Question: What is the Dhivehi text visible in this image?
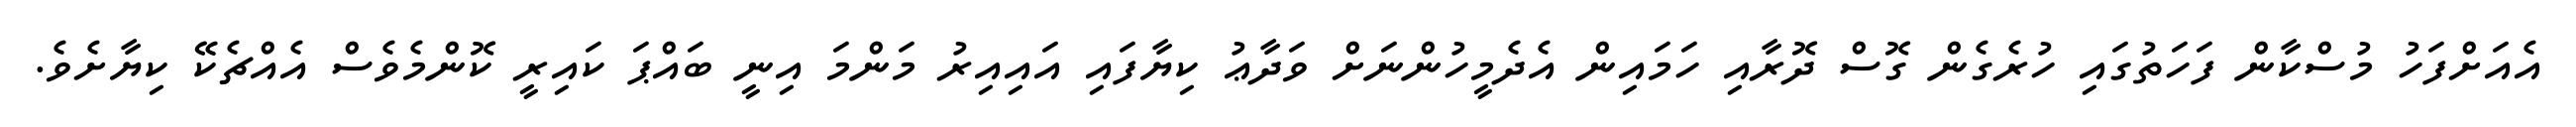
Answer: އެއަށްފަހު މުސްކާން ފަހަތުގައި ހުރެގެން ގޮސް ދޮރާއި ހަމައިން އެދެމީހުންނަށް ވަދާޢު ކިޔާފައި އައިއިރު މަންމަ އިނީ ބައްޕަ ކައިރީ ކޮންމެވެސް އެއްޗެކޭ ކިޔާށެވެ.